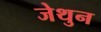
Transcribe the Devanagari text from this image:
जेथुन